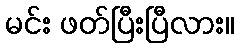
မင်း ဖတ်ပြီးပြီလား။